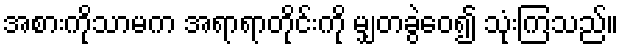
အစားကိုသာမက အရာရာတိုင်းကို မျှတခွဲဝေ၍ သုံးကြသည်။